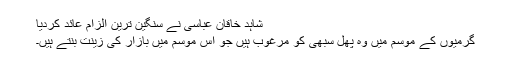
شاہد خاقان عباسی نے سنگین ترین الزام عائد کردیا
گرمیوں کے موسم میں وہ پھل سبھی کو مرغوب ہیں جو اس موسم میں بازار کی زینت بنتے ہیں۔